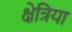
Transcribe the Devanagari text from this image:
क्षेत्रिया